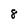
Character: 8